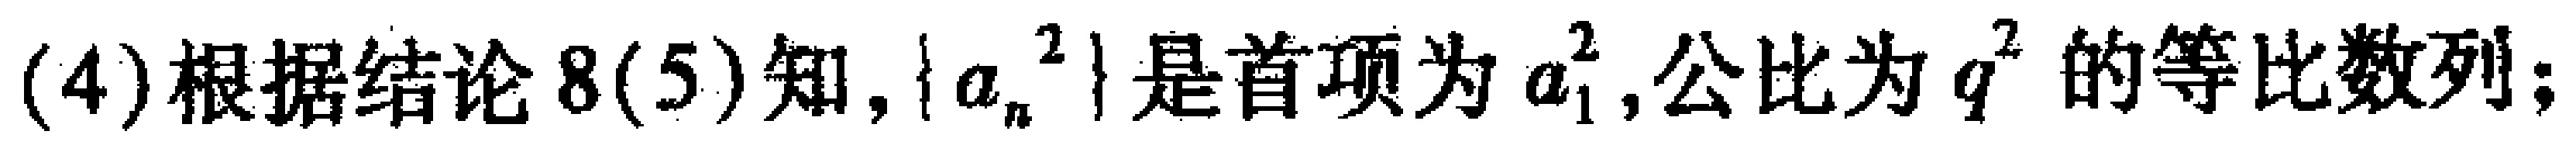
(4)根据结论8(5)知,$\{a_{n}^{2}\}$是首项为$a_{1}^{2}$,公比为$q^{2}$的等比数列;